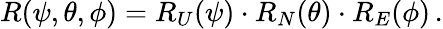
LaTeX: R(\psi,\theta,\phi)=R_{U}(\psi)\cdot R_{N}(\theta)\cdot R_{E}(\phi)\, .